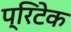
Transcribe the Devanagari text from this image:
प्रिटेक